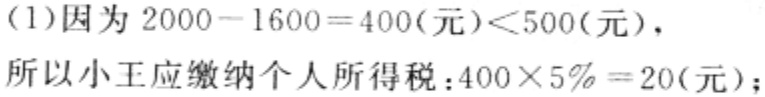
(1)因为 \(2000 - 1600 = 400(\text{元})<500(\text{元})\)，
所以小王应缴纳个人所得税：\(400\times5\% = 20(\text{元})\)；